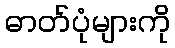
ဓာတ်ပုံများကို